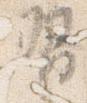
習